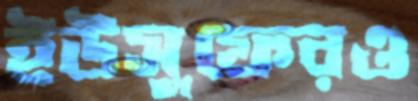
ইউসুফেরও